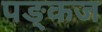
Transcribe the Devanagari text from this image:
पङ्कज